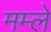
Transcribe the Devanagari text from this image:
मम्ले